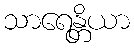
သာရေန္တိယာ